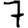
Digit: 7